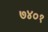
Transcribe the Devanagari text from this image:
७४०१